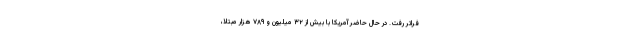
فراتر رفت. در حال حاضر آمریکا با بیش از ۳۲ میلیون و ۷۸۹ هزار مبتلا،